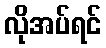
လိုအပ်ရင်